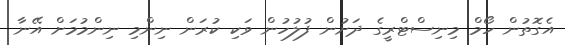
އެގޮތުން ހޯމް މިނިސްޓްރީގެ ދަށުން ފުލުހުން ވަކި ކުރަން ނިންމި ނިންމުމަށް އޭނާ